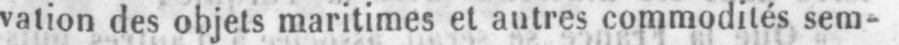
vation des objets maritimes et autres commodités sem-